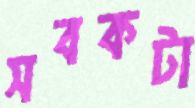
সবকটা